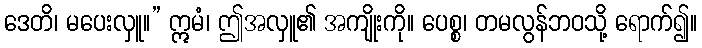
ဒေတိ၊ မပေးလှူ။” ဣမံ၊ ဤအလှူ၏ အကျိုးကို။ ပေစ္စ၊ တမလွန်ဘဝသို့ ရောက်၍။